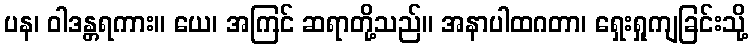
ပန၊ ဝါဒန္တရကား။ ယေ၊ အကြင် ဆရာတို့သည်။ အနာပါထဂတာ၊ ရှေးရှုကျခြင်းသို့